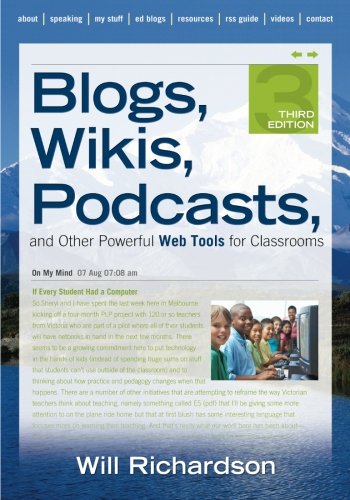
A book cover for Blogs, Wikis, Podcasts, and Other Powerful Web Tools for Classrooms; Will Richardson; Education & Teaching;